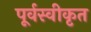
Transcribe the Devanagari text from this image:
पूर्वस्वीकृत